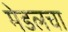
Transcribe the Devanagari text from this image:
मेडलचा